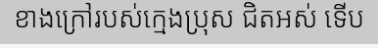
ខាងក្រៅរបស់ក្មេងប្រុស ជិតអស់ ទើប